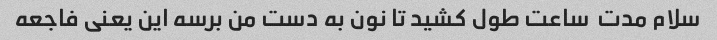
سلام مدت  ساعت طول کشید تا نون به دست من برسه این یعنی فاجعه